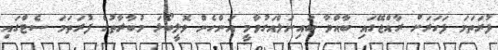
ފުރަތަމަ ފަހަރަށް ރާއްޖޭގައި ބާއްވާ ބައިނަލްއަގުވާމީ އަންހެން ވޮލީބޯޅަ މުބާރާތުގެ ފުރަތަމަ ސެޓްގައި